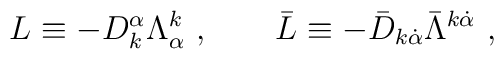
L\equiv -D_{k}^{\alpha }\Lambda _{\alpha }^{k}\ ,\qquad \bar{L}\equiv -{\bar D}_{k\dot{\alpha}}\bar{\Lambda}^{k\dot{\alpha}}\   ,